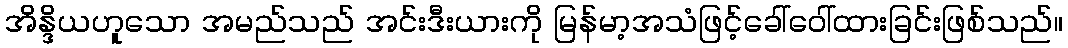
အိန္ဒိယဟူသော အမည်သည် အင်းဒီးယားကို မြန်မာ့အသံဖြင့်ခေါ်ဝေါ်ထားခြင်းဖြစ်သည်။